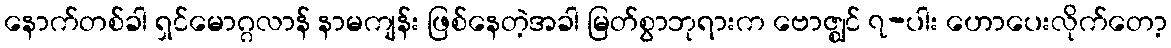
နောက်တစ်ခါ ရှင်မောဂ္ဂလာန် နာမကျန်း ဖြစ်နေတဲ့အခါ မြတ်စွာဘုရားက ဗောဇ္ဈင် ၇-ပါး ဟောပေးလိုက်တော့